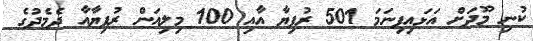
ކުނި މޫދަށް އަޅައިފިނަމަ 501 ރުފިޔާ އާއި 100 މިލިއަން ރުފިޔާއާ ދެމެދުގެ